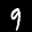
Label: 9